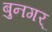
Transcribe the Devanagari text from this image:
बुनगर्